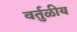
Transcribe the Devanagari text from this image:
वर्तुळीय